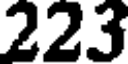
223